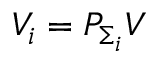
V _ { i } = P _ { \Sigma _ { i } } V